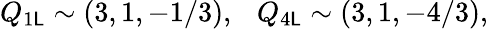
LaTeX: Q_{1\mathsf{L}}\sim(3,1,-1/3),~~~Q_{4\mathsf{L}}\sim(3,1,-4/3),